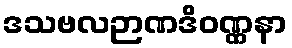
ဒသဗလဉာဏဒိဝဏ္ဏနာ